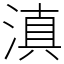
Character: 滇